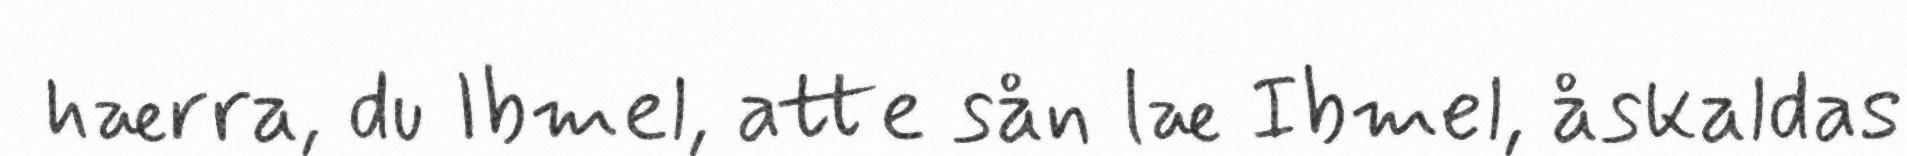
hærra, du Ibmel, atte sån læ Ibmel, åskaldas